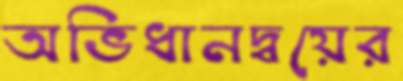
অভিধানদ্বয়ের